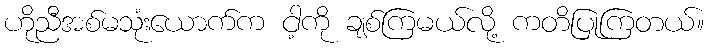
ဟိုညီအစ်မသုံးယောက်က ငါ့ကို ချစ်ကြမယ်လို့ ကတိပြုကြတယ်။